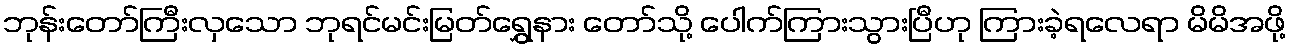
ဘုန်းတော်ကြီးလှသော ဘုရင်မင်းမြတ်ရွှေနား တော်သို့ ပေါက်ကြားသွားပြီဟု ကြားခဲ့ရလေရာ မိမိအဖို့